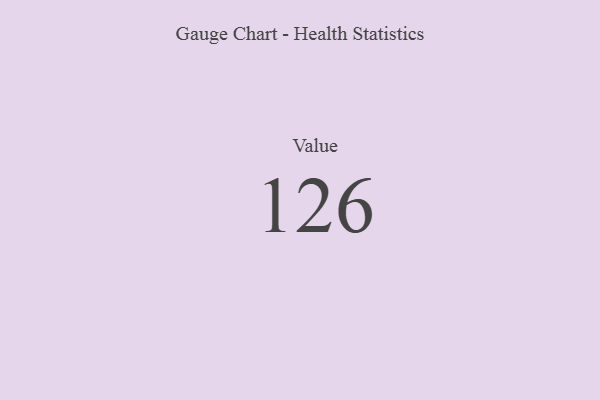
{"axis": {"x": "Metric", "y": "Value"}, "legend": [""], "data": [{"x": "Value", "y": 126, "type": ""}]}